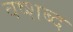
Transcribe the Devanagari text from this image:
वष्शब्द